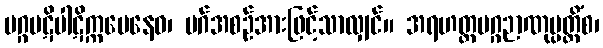
မဂ္ဂပဋိပါဋိက္ကမေနေဝ၊ မဂ်အစဉ်အားဖြင့်သာလျှင်။ အရဟတ္တမဂ္ဂဉာဏုပ္ပတ္တိံစ၊